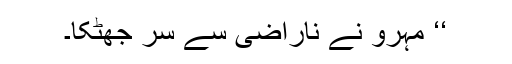
‘‘ مہرو نے ناراضی سے سر جھٹکا۔